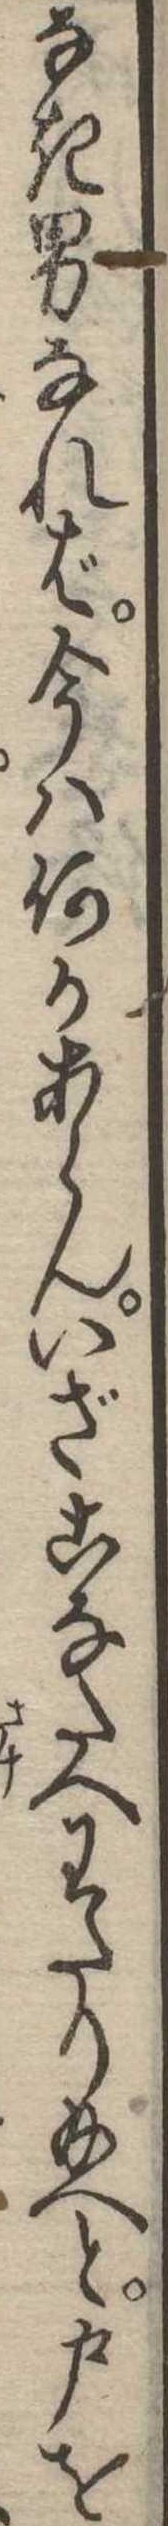
なき男なれば今は何かあらんいざこなたへわたり給へと戸を